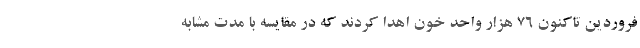
فروردین تاکنون ۷۶ هزار واحد خون اهدا کردند که در مقایسه با مدت مشابه